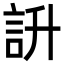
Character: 䛂